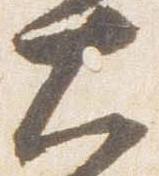
大